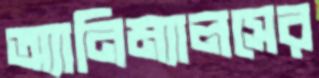
অ্যানিম্যালসের